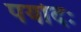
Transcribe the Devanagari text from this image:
पयोदः